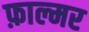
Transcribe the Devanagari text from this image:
फ़ाल्मर